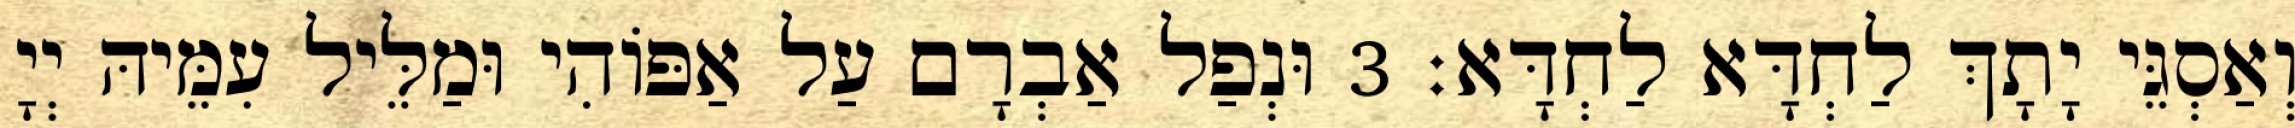
וְאַסְגֵּי יָתָךְ לַחְדָּא לַחְדָּא׃ 3 וּנְפַל אַבְרָם עַל אַפּוֹהִי וּמַלֵּיל עִמֵּיהּ יְיָ